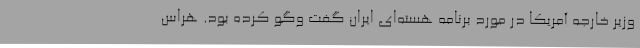
وزیر خارجه آمریکا در مورد برنامه هسته‌ای ایران گفت وگو کرده بود. هراس